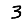
Digit: 3